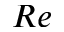
R e